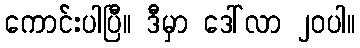
ကောင်းပါပြီ။ ဒီမှာ ဒေါ်လာ ၂၀ပါ။